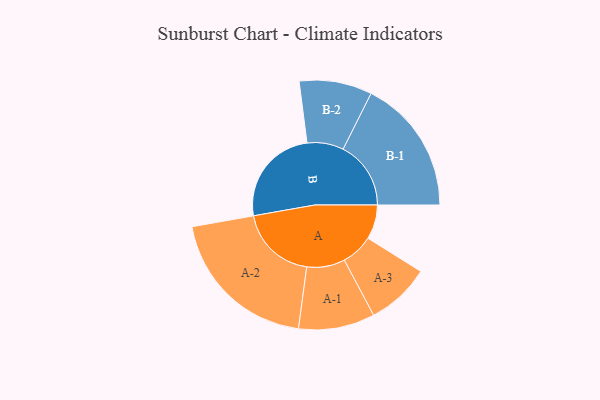
{"axis": {"x": "Segment", "y": "Value"}, "legend": ["", "A", "B"], "data": [{"x": "A", "y": 117, "type": ""}, {"x": "B", "y": 338, "type": ""}, {"x": "A-1", "y": 130, "type": "A"}, {"x": "A-2", "y": 264, "type": "A"}, {"x": "A-3", "y": 109, "type": "A"}, {"x": "B-1", "y": 231, "type": "B"}, {"x": "B-2", "y": 124, "type": "B"}]}